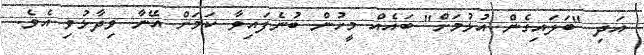
އަދި "ބަލައިގެން އުޅުމަށް" ބައެއް މީހުން ބުނެފައިވާ ކަމަށް އޭނާ ވިދާޅުވި އެވެ.